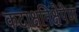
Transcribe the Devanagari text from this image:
कटाक्षनिक्षेपेण